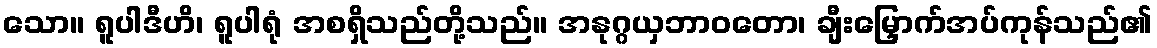
သော။ ရူပါဒီဟိ၊ ရူပါရုံ အစရှိသည်တို့သည်။ အနုဂ္ဂယှဘာဝတော၊ ချီးမြှောက်အပ်ကုန်သည်၏